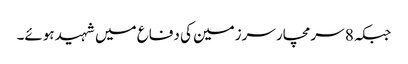
جبکہ 8 سرمچار سرزمین کی دفاع میں شہید ہوئے۔